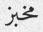
مخبز